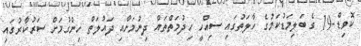
ކޮވިޑް-19 ގެ ބަލިމަޑުކަމުގެ ހާލަތުގައި ސިއްހީ ހިދުމަތްތައް ދިނުމަށާއި ދައުލަތް ހިންގުމަށް ސަރުކާރުގައި